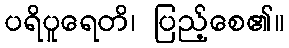
ပရိပူရေတိ၊ ပြည့်စေ၏။